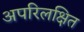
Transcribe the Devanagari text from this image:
अपरिलक्षित